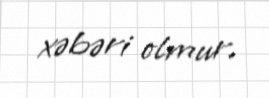
xəbəri olmur.